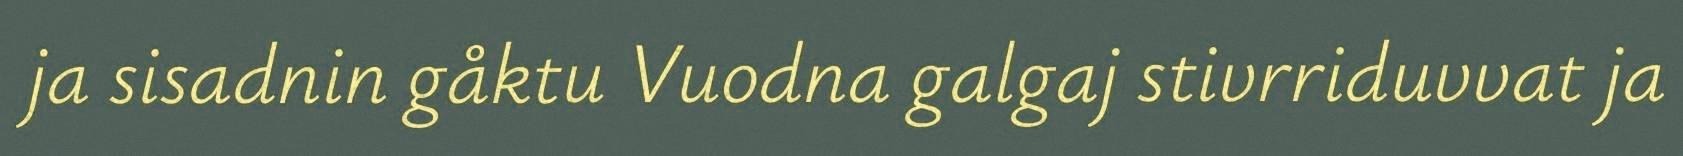
ja sisadnin gåktu Vuodna galgaj stivrriduvvat ja